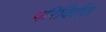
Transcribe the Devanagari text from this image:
परिविर्तत